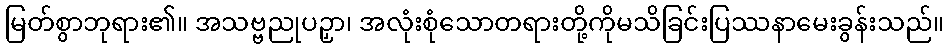
မြတ်စွာဘုရား၏။ အသဗ္ဗညုပဉှာ၊ အလုံးစုံသောတရားတို့ကိုမသိခြင်းပြဿနာမေးခွန်းသည်။